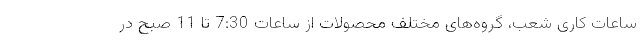
ساعات کاری شعب، گروه­های مختلف محصولات از ساعات 7:30 تا 11 صبح در